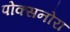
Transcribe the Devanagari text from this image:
पोक्सनोरा